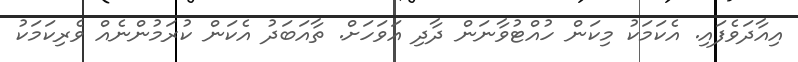
އިއާދަވެފައި. އެކަމަކު މިކަން ހުއްޓުވާނަން ދާދި އަވަހަށް. ތާއަބަދު އެކަން ކުރަމުންނެއް ވެރިކަމަކު